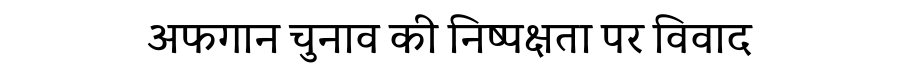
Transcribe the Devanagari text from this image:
अफगान चुनाव की निष्पक्षता पर विवाद